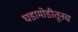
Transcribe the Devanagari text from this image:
घडामोडीतूनच